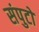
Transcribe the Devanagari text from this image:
संपुटों